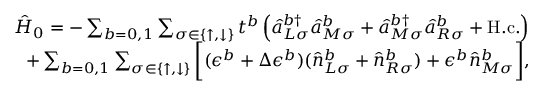
\begin{array} { r } { \hat { H } _ { 0 } = - \sum _ { b = 0 , 1 } \sum _ { \sigma \in \{ \uparrow , \downarrow \} } t ^ { b } \left( \hat { a } _ { L \sigma } ^ { b \dagger } \hat { a } _ { M \sigma } ^ { b } + \hat { a } _ { M \sigma } ^ { b \dagger } \hat { a } _ { R \sigma } ^ { b } + \mathrm { H . c . } \right) } \\ { + \sum _ { b = 0 , 1 } \sum _ { \sigma \in \{ \uparrow , \downarrow \} } \bigg [ ( \epsilon ^ { b } + \Delta \epsilon ^ { b } ) ( \hat { n } _ { L \sigma } ^ { b } + \hat { n } _ { R \sigma } ^ { b } ) + \epsilon ^ { b } \hat { n } _ { M \sigma } ^ { b } \bigg ] , } \end{array}